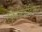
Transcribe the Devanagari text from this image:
स्कैनिडेवियन